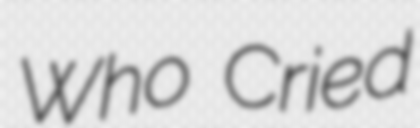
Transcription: Who Cried